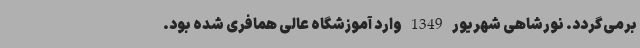
برمی‌گردد. نورشاهی شهریور 1349 وارد آموزشگاه عالی همافری شده بود.